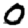
Digit: 0